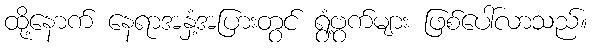
ထို့နောက် နေရာအနှံ့အပြားတွင် ရွံ့ဗွက်များ ဖြစ်ပေါ်လာသည်။